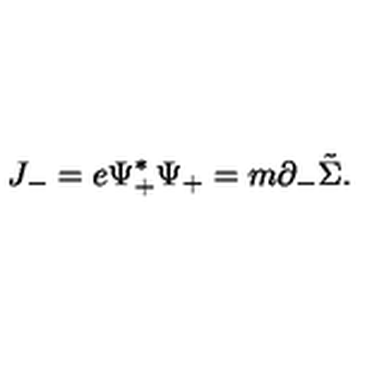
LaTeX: J _ { - } = e { \Psi } _ { + } ^ { \ast } { \Psi } _ { + } = m { \partial } _ { - } \tilde { \Sigma } .